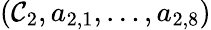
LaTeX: (\mathcal{C}_{2},a_{2,1},\dotsc,a_{2,8})